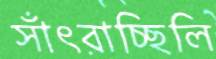
সাঁৎরাচ্ছিলি